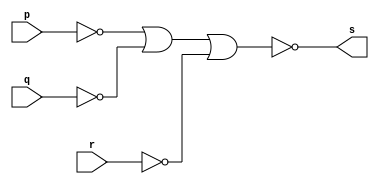
// -------------------------
// Exercicio0004 - AND
// Nome: Paulo Ricardo B. Souza
// -------------------------
// -------------------------
// -- and gate
// -------------------------
module andgate ( output s,
						input p,
						input q,
						input r);
	assign s = ~( ~p | ~q | ~r);
endmodule // andgate

// ---------------------
// -- test and gate
// ---------------------
module testandgate;

// ------------------------- dados locais
	reg a, b, c; // definir registradores
	wire s; // definir conexao (fio)

// ------------------------- instancia
andgate AND1 (s, a, b, c);

// ------------------------- preparacao
initial begin:start
	a=0; b=0; c=0;
end

// ------------------------- parte principal
initial begin
	$display("Exercicio0004 - Paulo Ricardo B. Souza - 405828");
	$display("Test AND gate");
	$display("\na & b & c = s\n");
	a=0; b=0; c=0;
	#1 $display("%b & %b & %b= %b", a, b, c, s);
	a=0; b=0; c=1;
	#1 $display("%b & %b & %b= %b", a, b, c, s);
	a=0; b=1; c=0;
	#1 $display("%b & %b & %b= %b", a, b, c, s);
	a=0; b=1; c=1;
	#1 $display("%b & %b & %b= %b", a, b, c, s);
	a=1; b=0; c=0;
	#1 $display("%b & %b & %b= %b", a, b, c, s);
	a=1; b=0; c=1;
	#1 $display("%b & %b & %b= %b", a, b, c, s);
	a=1; b=1; c=0;
	#1 $display("%b & %b & %b= %b", a, b, c, s);
	a=1; b=1; c=1;
	#1 $display("%b & %b & %b= %b", a, b, c, s);
	end
endmodule // testandgate